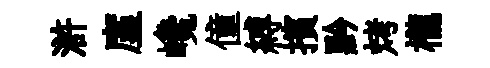
滸廑巉僮縛擯黔烤櫳